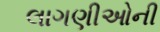
લાગણીઓની